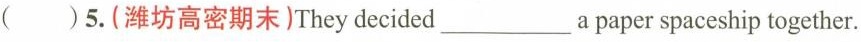
( )5.(潍坊高密期末)They decided___a paper spaceship together.